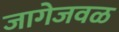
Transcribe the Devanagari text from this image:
जागेजवळ